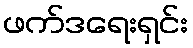
ဖက်ဒရေးရှင်း